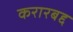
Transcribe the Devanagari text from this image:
करारबद्द